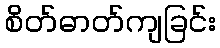
စိတ်ဓာတ်ကျခြင်း